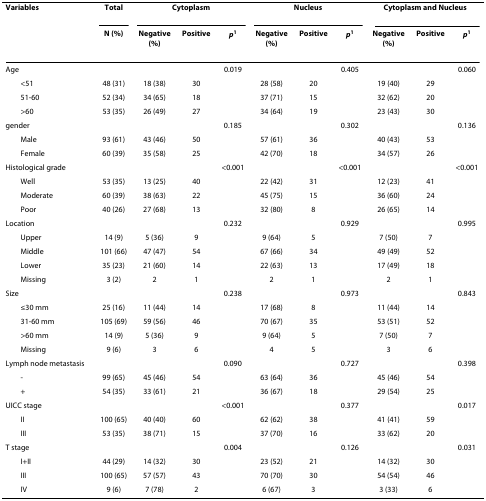
<table><thead><tr><td><b>Variables</b></td><td><b>Total</b></td><td colspan="3"><b>Cytoplasm</b></td><td colspan="3"><b>Nucleus</b></td><td colspan="3"><b>Cytoplasm and Nucleus</b></td></tr><tr><td></td><td><b>N (%)</b></td><td><b>Negative(%)</b></td><td><b>Positive</b></td><td><b><i>p</i><sup>1</sup></b></td><td><b>Negative(%)</b></td><td><b>Positive</b></td><td><b><i>p</i><sup>1</sup></b></td><td><b>Negative(%)</b></td><td><b>Positive</b></td><td><b><i>p</i><sup>1</sup></b></td></tr></thead><tbody><tr><td>Age</td><td></td><td></td><td></td><td>0.019</td><td></td><td></td><td>0.405</td><td></td><td></td><td>0.060</td></tr><tr><td> &lt;51</td><td>48 (31)</td><td>18 (38)</td><td>30</td><td></td><td>28 (58)</td><td>20</td><td></td><td>19 (40)</td><td>29</td><td></td></tr><tr><td> 51-60</td><td>52 (34)</td><td>34 (65)</td><td>18</td><td></td><td>37 (71)</td><td>15</td><td></td><td>32 (62)</td><td>20</td><td></td></tr><tr><td> &gt;60</td><td>53 (35)</td><td>26 (49)</td><td>27</td><td></td><td>34 (64)</td><td>19</td><td></td><td>23 (43)</td><td>30</td><td></td></tr><tr><td>gender</td><td></td><td></td><td></td><td>0.185</td><td></td><td></td><td>0.302</td><td></td><td></td><td>0.136</td></tr><tr><td> Male</td><td>93 (61)</td><td>43 (46)</td><td>50</td><td></td><td>57 (61)</td><td>36</td><td></td><td>40 (43)</td><td>53</td><td></td></tr><tr><td> Female</td><td>60 (39)</td><td>35 (58)</td><td>25</td><td></td><td>42 (70)</td><td>18</td><td></td><td>34 (57)</td><td>26</td><td></td></tr><tr><td>Histological grade</td><td></td><td></td><td></td><td>&lt;0.001</td><td></td><td></td><td>&lt;0.001</td><td></td><td></td><td>&lt;0.001</td></tr><tr><td> Well</td><td>53 (35)</td><td>13 (25)</td><td>40</td><td></td><td>22 (42)</td><td>31</td><td></td><td>12 (23)</td><td>41</td><td></td></tr><tr><td> Moderate</td><td>60 (39)</td><td>38 (63)</td><td>22</td><td></td><td>45 (75)</td><td>15</td><td></td><td>36 (60)</td><td>24</td><td></td></tr><tr><td> Poor</td><td>40 (26)</td><td>27 (68)</td><td>13</td><td></td><td>32 (80)</td><td>8</td><td></td><td>26 (65)</td><td>14</td><td></td></tr><tr><td>Location</td><td></td><td></td><td></td><td>0.232</td><td></td><td></td><td>0.929</td><td></td><td></td><td>0.995</td></tr><tr><td> Upper</td><td>14 (9)</td><td>5 (36)</td><td>9</td><td></td><td>9 (64)</td><td>5</td><td></td><td>7 (50)</td><td>7</td><td></td></tr><tr><td> Middle</td><td>101 (66)</td><td>47 (47)</td><td>54</td><td></td><td>67 (66)</td><td>34</td><td></td><td>49 (49)</td><td>52</td><td></td></tr><tr><td> Lower</td><td>35 (23)</td><td>21 (60)</td><td>14</td><td></td><td>22 (63)</td><td>13</td><td></td><td>17 (49)</td><td>18</td><td></td></tr><tr><td> Missing</td><td>3 (2)</td><td>2</td><td>1</td><td></td><td>2</td><td>1</td><td></td><td>2</td><td>1</td><td></td></tr><tr><td>Size</td><td></td><td></td><td></td><td>0.238</td><td></td><td></td><td>0.973</td><td></td><td></td><td>0.843</td></tr><tr><td> ≤30 mm</td><td>25 (16)</td><td>11 (44)</td><td>14</td><td></td><td>17 (68)</td><td>8</td><td></td><td>11 (44)</td><td>14</td><td></td></tr><tr><td> 31-60 mm</td><td>105 (69)</td><td>59 (56)</td><td>46</td><td></td><td>70 (67)</td><td>35</td><td></td><td>53 (51)</td><td>52</td><td></td></tr><tr><td> &gt;60 mm</td><td>14 (9)</td><td>5 (36)</td><td>9</td><td></td><td>9 (64)</td><td>5</td><td></td><td>7 (50)</td><td>7</td><td></td></tr><tr><td> Missing</td><td>9 (6)</td><td>3</td><td>6</td><td></td><td>4</td><td>5</td><td></td><td>3</td><td>6</td><td></td></tr><tr><td>Lymph node metastasis</td><td></td><td></td><td></td><td>0.090</td><td></td><td></td><td>0.727</td><td></td><td></td><td>0.398</td></tr><tr><td> -</td><td>99 (65)</td><td>45 (46)</td><td>54</td><td></td><td>63 (64)</td><td>36</td><td></td><td>45 (46)</td><td>54</td><td></td></tr><tr><td> +</td><td>54 (35)</td><td>33 (61)</td><td>21</td><td></td><td>36 (67)</td><td>18</td><td></td><td>29 (54)</td><td>25</td><td></td></tr><tr><td>UICC stage</td><td></td><td></td><td></td><td>&lt;0.001</td><td></td><td></td><td>0.377</td><td></td><td></td><td>0.017</td></tr><tr><td> II</td><td>100 (65)</td><td>40 (40)</td><td>60</td><td></td><td>62 (62)</td><td>38</td><td></td><td>41 (41)</td><td>59</td><td></td></tr><tr><td> III</td><td>53 (35)</td><td>38 (71)</td><td>15</td><td></td><td>37 (70)</td><td>16</td><td></td><td>33 (62)</td><td>20</td><td></td></tr><tr><td>T stage</td><td></td><td></td><td></td><td>0.004</td><td></td><td></td><td>0.126</td><td></td><td></td><td>0.031</td></tr><tr><td> I+II</td><td>44 (29)</td><td>14 (32)</td><td>30</td><td></td><td>23 (52)</td><td>21</td><td></td><td>14 (32)</td><td>30</td><td></td></tr><tr><td> III</td><td>100 (65)</td><td>57 (57)</td><td>43</td><td></td><td>70 (70)</td><td>30</td><td></td><td>54 (54)</td><td>46</td><td></td></tr><tr><td> IV</td><td>9 (6)</td><td>7 (78)</td><td>2</td><td></td><td>6 (67)</td><td>3</td><td></td><td>3 (33)</td><td>6</td><td></td></tr></tbody></table>